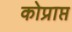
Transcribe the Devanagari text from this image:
कोप्राप्त